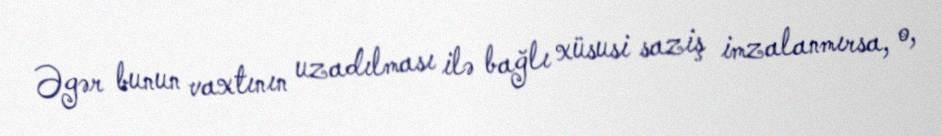
Əgər bunun vaxtının uzadılması ilə bağlı xüsusi saziş imzalanmırsa, o,